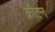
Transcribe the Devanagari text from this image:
क्रीटन